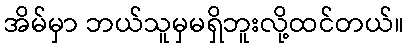
အိမ်မှာ ဘယ်သူမှမရှိဘူးလို့ထင်တယ်။